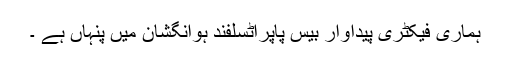
ہماری فیکٹری پیداوار بیس پاپراٹسلفند ہوانگشان میں پنہاں ہے ۔